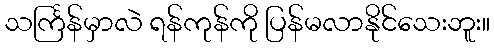
သင်္ကြန်မှာလဲ ရန်ကုန်ကို ပြန်မလာနိုင်သေးဘူး။